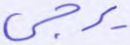
يزجي